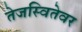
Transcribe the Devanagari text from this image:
तेजस्वितेवर